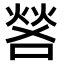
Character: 𫫎